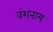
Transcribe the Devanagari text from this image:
वंशनाम